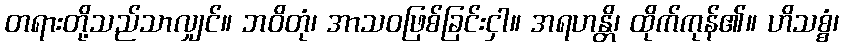
တရားတို့သည်သာလျှင်။ ဘဝိတုံ၊ အာသဝဖြစ်ခြင်းငှါ။ အရဟန္တိ၊ ထိုက်ကုန်၏။ ဟိသစ္စံ၊